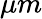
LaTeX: \mu m